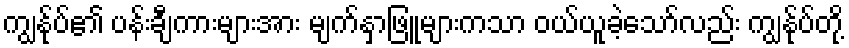
ကျွန်ုပ်၏ ပန်းချီကားများအား မျက်နှာဖြူများကသာ ဝယ်ယူခဲ့သော်လည်း ကျွန်ုပ်တို့